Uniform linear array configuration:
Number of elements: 16
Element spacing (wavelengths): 0.25
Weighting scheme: exponential
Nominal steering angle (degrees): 45
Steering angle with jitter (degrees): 46.484
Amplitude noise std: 0.05
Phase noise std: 0.05

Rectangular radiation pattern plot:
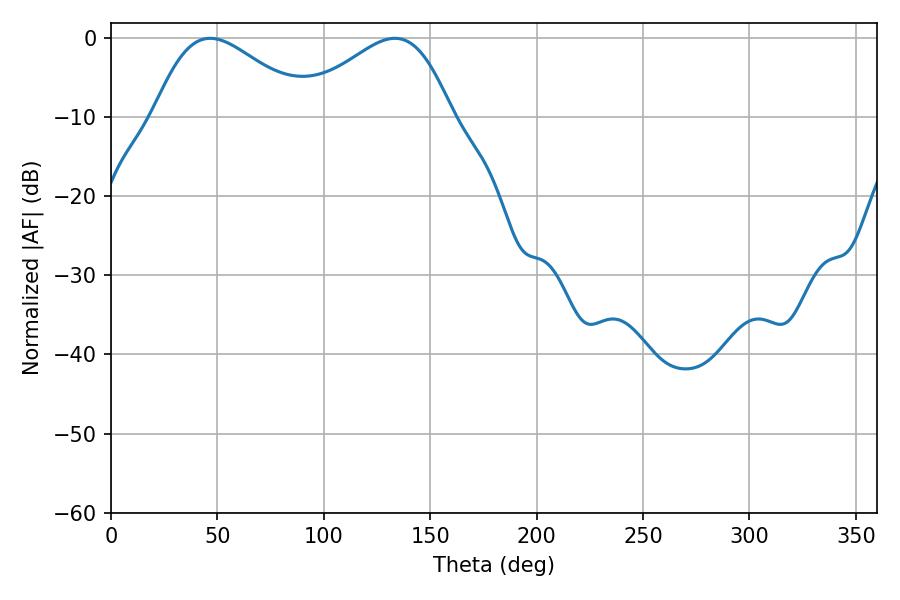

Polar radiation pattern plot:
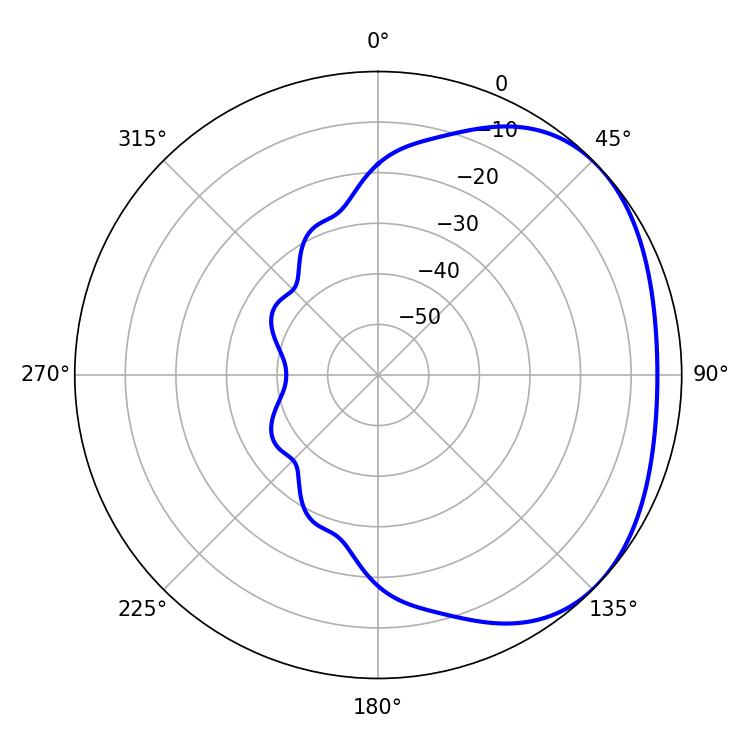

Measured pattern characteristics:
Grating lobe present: FALSE
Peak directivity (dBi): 2.488
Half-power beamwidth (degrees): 38.52
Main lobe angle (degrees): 46.62